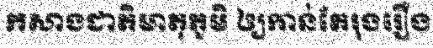
កសាងជាតិមាតុភូមិ ឲ្យកាន់តែរុងរឿង